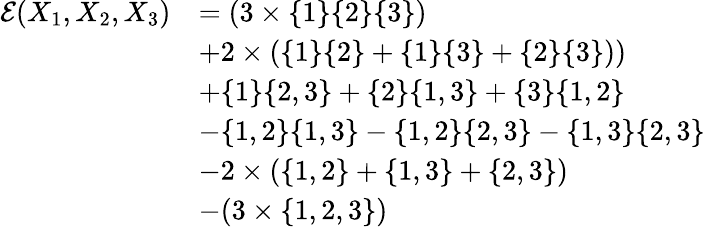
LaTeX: \begin{array}{rl}{\mathcal{E}(X_{1},X_{2},X_{3})}&{=(3\times\{ 1\} \{ 2\} \{ 3\} )}\\ &{+2\times(\{ 1\} \{ 2\} +\{ 1\} \{ 3\} +\{ 2\} \{ 3\} ))}\\ &{+\{ 1\} \{ 2,3\} +\{ 2\} \{ 1,3\} +\{ 3\} \{ 1,2\} }\\ &{-\{ 1,2\} \{ 1,3\} -\{ 1,2\} \{ 2,3\} -\{ 1,3\} \{ 2,3\} }\\ &{-2\times(\{ 1,2\} +\{ 1,3\} +\{ 2,3\} )}\\ &{-(3\times\{ 1,2,3\} )}\end{array}